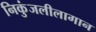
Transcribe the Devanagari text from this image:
निकुंजलीलागान